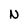
Character: N